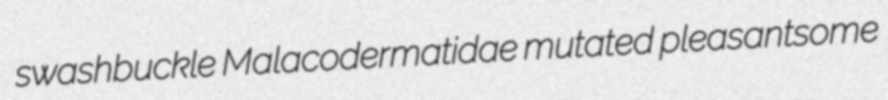
swashbuckle Malacodermatidae mutated pleasantsome